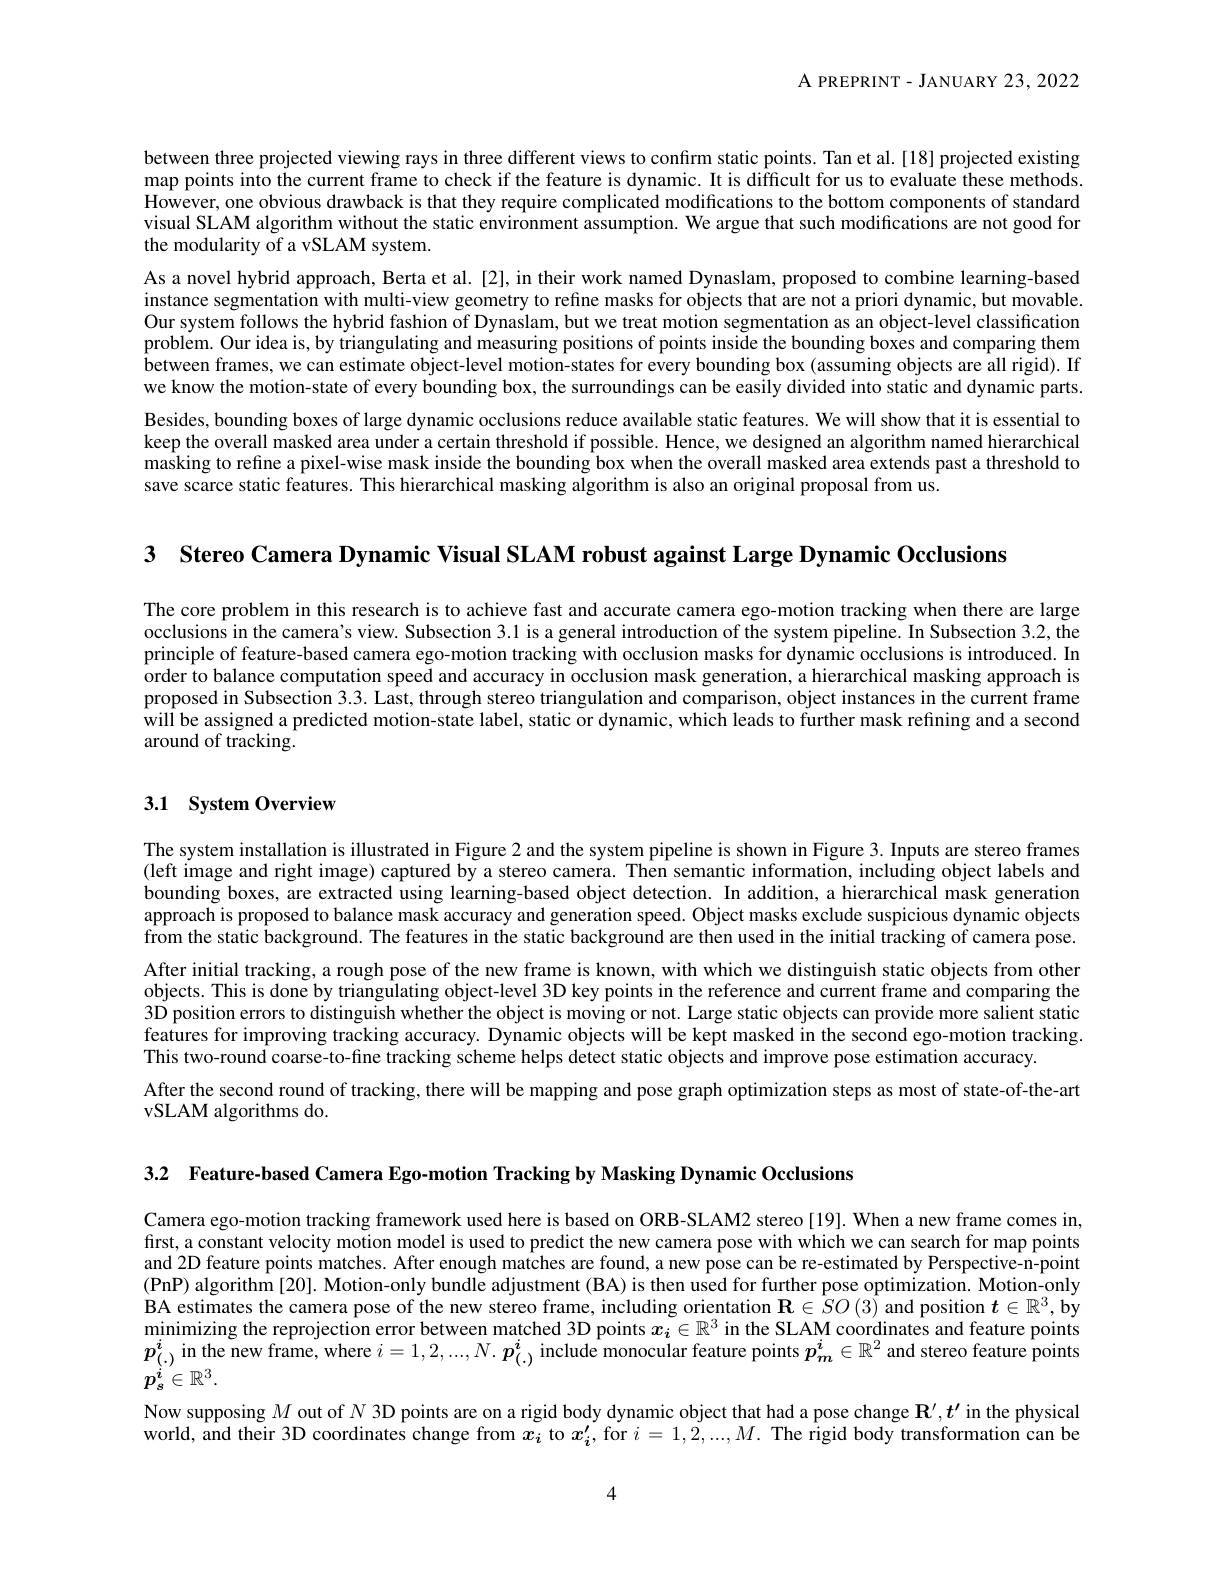
A PREPRINT - JANUARY 23, 2022

between three projected viewing rays in three different views to confirm static points. Tan et al.[18] projected existing map points into the current frame to check if the feature is dynamic. It is difficult for us to evaluate these methods. However, one obvious drawback is that they require complicated modifications to the bottom components of standard visual SLAM algorithm without the static environment assumption. We argue that such modifications are not good for the modularity of a vSLAM system.
As a novel hybrid approach, Berta et al.[2], in their work named Dynaslam, proposed to combine learning-based instance segmentation with multi-view geometry to refine masks for objects that are not a priori dynamic, but movable. Our system follows the hybrid fashion of Dynaslam, but we treat motion segmentation as an object-level classification problem. Our idea is, by triangulating and measuring positions of points inside the bounding boxes and comparing them between frames, we can estimate object-level motion-states for every bounding box (assuming objects are all rigid). If we know the motion-state of every bounding box, the surroundings can be easily divided into static and dynamic parts. Besides, bounding boxes of large dynamic occlusions reduce available static features. We will show that it is essential to keep the overall masked area under a certain threshold if possible. Hence, we designed an algorithm named hierarchical masking to refine a pixel-wise mask inside the bounding box when the overall masked area extends past a threshold to save scarce static features. This hierarchical masking algorithm is also an original proposal from us.

3 Stereo Camera Dynamic Visual SLAM robust against Large Dynamic Occlusions

The core problem in this research is to achieve fast and accurate camera ego-motion tracking when there are large occlusions in the camera's view. Subsection 3.1 is a general introduction of the system pipeline. In Subsection 3.2, the principle of feature-based camera ego-motion tracking with occlusion masks for dynamic occlusions is introduced. In order to balance computation speed and accuracy in occlusion mask generation, a hierarchical masking approach is proposed in Subsection 3.3. Last, through stereo triangulation and comparison, object instances in the current frame will be assigned a predicted motion-state label, static or dynamic, which leads to further mask refining and a second around of tracking.

## 3.1 System Overview

The system installation is illustrated in Figure 2 and the system pipeline is shown in Figure 3. Inputs are stereo frames (left image and right image) captured by a stereo camera. Then semantic information, including object labels and bounding boxes, are extracted using learning-based object detection. In addition, a hierarchical mask generation approach is proposed to balance mask accuracy and generation speed. Object masks exclude suspicious dynamic objects from the static background. The features in the static background are then used in the initial tracking of camera pose. After initial tracking, a rough pose of the new frame is known, with which we distinguish static objects from other objects. This is done by triangulating object-level 3D key points in the reference and current frame and comparing the 3D position errors to distinguish whether the object is moving or not. Large static objects can provide more salient static $\hat{\text{features for improving tracking accuracy. Dynamic objects will be kept masked in the second ego-motion tracking}}.$ This two-round coarse-to-fine tracking scheme helps detect static objects and improve pose estimation accuracy.
After the second round of tracking, there will be mapping and pose graph optimization steps as most of state-of-the-art
vSLAM algorithms do.

3.2 Feature-based Camera Ego-motion Tracking by Masking Dynamic Occlusions

Camera ego-motion tracking framework used here is based on ORB-SLAM2 stereo [19]. When a new frame comes in, frst, a constant velocity motion model is used to predict the new camera pose with which we can search for map points and 2D feature points matches. After enough matches are found, a new pose can be re-estimated by Perspective-n-point (PnP) algorithm [20]. Motion-only bundle adjustment (BA) is then used for further pose optimization. Motion-only BA estimates the camera pose of the new stereo frame, including orientation $\mathbf{R}\in\hat{SO}(3)$ and position $\boldsymbol{t}\in\mathbb{R}^3,\dot{\mathbf{by}}$ minimizing the reprojection error between matched 3D points $x_i\in\mathbb{R}^3$ in the SLAM coordinates and feature points $p_{(.)}^i$ in the new frame, where $i=1,2,...,N.\boldsymbol{p}_{(.)}^i$ include monocular feature points $p_m^i\in\mathbb{R}^2$ and stereo feature points

$p_s^{i}\in\mathbb{R}^3.$

Now supposing $M$ out of $N$ 3D points are on a rigid body dynamic object that had a pose change $\mathbf{R}^{\prime},\boldsymbol{t}^{\prime}$ in the physical world, and their 3D coordinates change from $x_i$ to $x_i^{\prime}$, for $i=1,2,...,M.$ The rigid body transformation can be

4